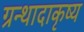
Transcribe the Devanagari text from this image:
ग्रन्थादाकृष्य